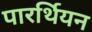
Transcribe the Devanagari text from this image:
पारर्थियन